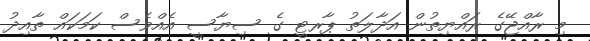
މި ރާއްޖޭގެ ރައްޔިތުން އަދާލަތު ޕާރޓީ ގެ ސިޔާސީ އެއްވެސް ކަމަކައް ތާއިދު